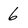
Character: 6